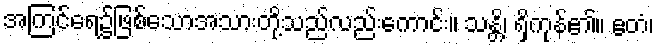
အကြင်ရေ၌ဖြစ်သောအသားတို့သည်လည်းကောင်း။ သန္တိ၊ ရှိကုန်၏။ ဧတံ၊